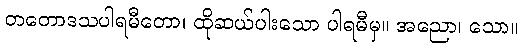
တတောဒသပါရမီတော၊ ထိုဆယ်ပါးသော ပါရမီမှ။ အညော၊ သော။